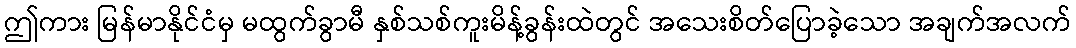
ဤကား မြန်မာနိုင်ငံမှ မထွက်ခွာမီ နှစ်သစ်ကူးမိန့်ခွန်းထဲတွင် အသေးစိတ်ပြောခဲ့သော အချက်အလက်